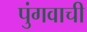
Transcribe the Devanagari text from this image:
पुंगवाची